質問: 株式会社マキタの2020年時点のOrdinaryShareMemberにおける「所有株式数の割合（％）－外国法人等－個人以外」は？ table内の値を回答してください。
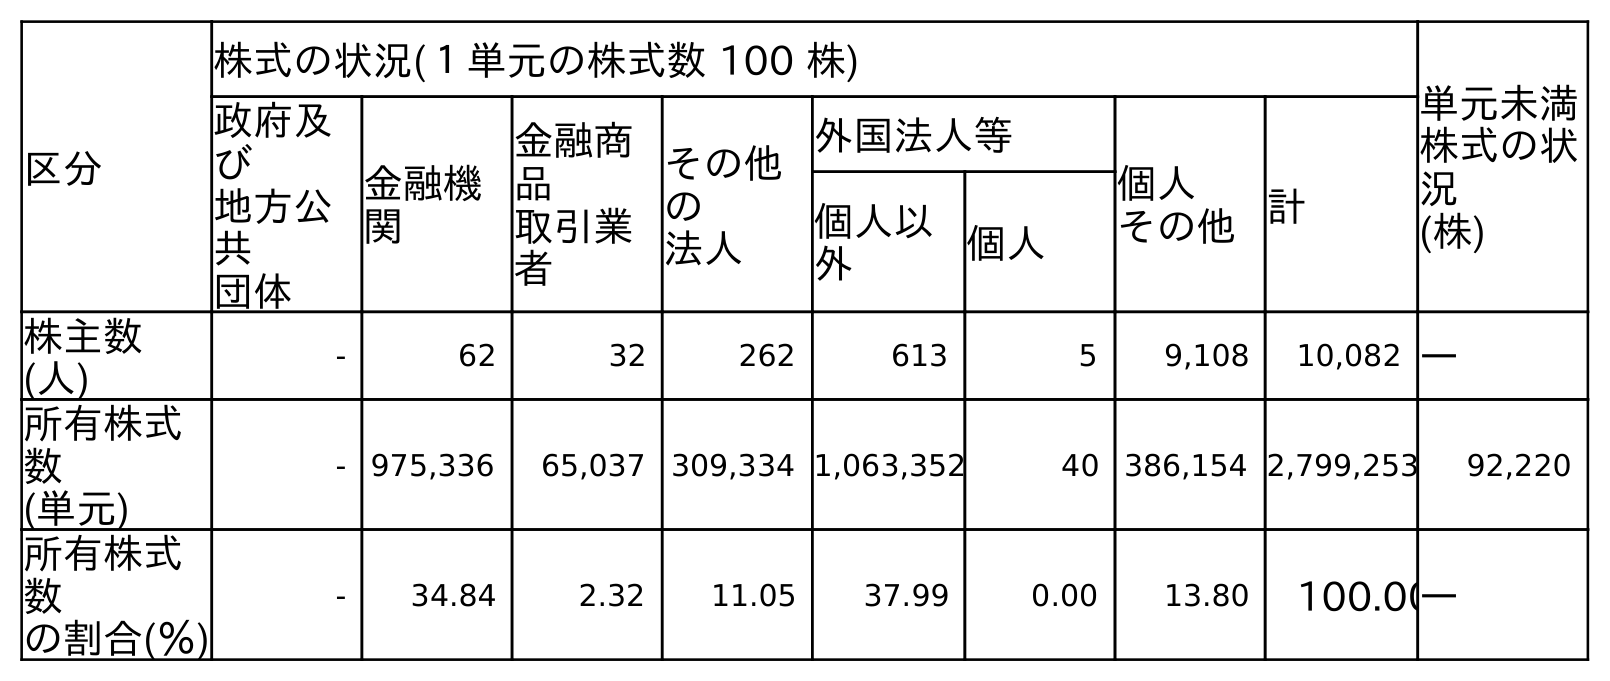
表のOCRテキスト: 区分 株式の状況(１単元の株式数 100 株) 単元未満 株式の状 況 (株) 政府及 び 地方公 共 団体 金融機 関 金融商 品 取引業 者 その他 の 法人 外国法人等 個人 その他計 個人以 外 個人 株主数 (人) - 62 32 262 613 5 9,108 10,082 ― 所有株式 数 (単元) - 975,336 65,037 309,334 1,063,352 40 386,154 2,799,253 92,220 所有株式 数 の割合(％) - 34.84 2.32 11.05 37.99 0.00 13.80 100.00―
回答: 37.99